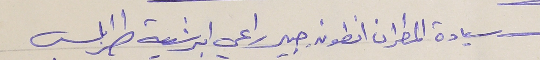
سيادة المطران انطون جبير راعي ابرشية طرابلس